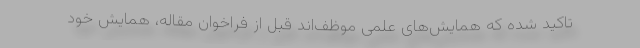
تاکید شده که همایش‌های علمی موظف‌اند قبل از فراخوان مقاله، همایش خود